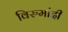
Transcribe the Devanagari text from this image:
विरुमांदी